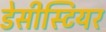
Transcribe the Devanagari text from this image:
डेसीस्टियर